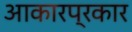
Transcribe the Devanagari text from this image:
आकारप्रकार